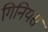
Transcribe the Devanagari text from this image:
गिनियस